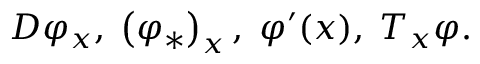
D \varphi _ { x } , \; \left( \varphi _ { * } \right) _ { x } , \; \varphi ^ { \prime } ( x ) , \; T _ { x } \varphi .